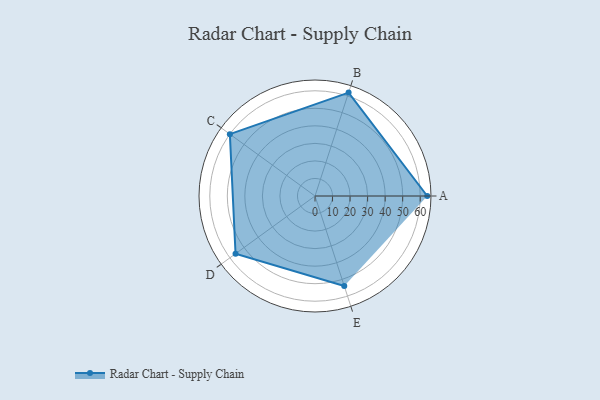
{"axis": {"x": "Skill", "y": "Score"}, "legend": ["Profile"], "data": [{"x": "A", "y": 64.0, "type": "Profile"}, {"x": "B", "y": 62.0, "type": "Profile"}, {"x": "C", "y": 60.0, "type": "Profile"}, {"x": "D", "y": 56.0, "type": "Profile"}, {"x": "E", "y": 54.0, "type": "Profile"}]}